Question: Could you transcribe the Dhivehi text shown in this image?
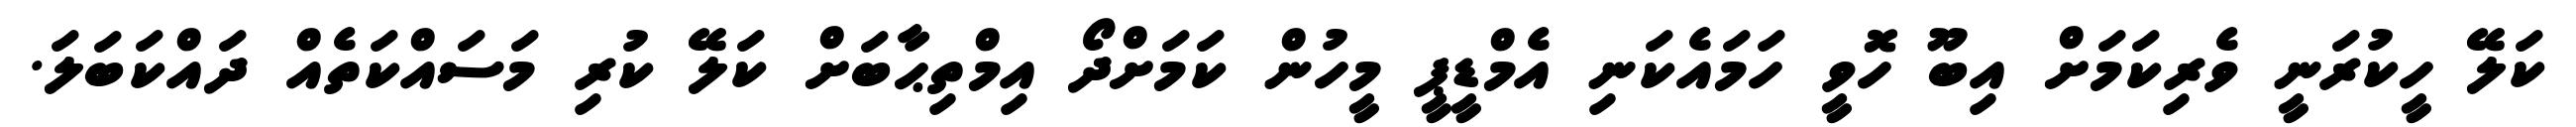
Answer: ކަލޭ ހީކުރަނީ ވެރިކަމަށް އިބޫ ހޮވީ ހަމައެކަނި އެމްޑީޕީ މީހުން ކަމަށްދޯ އިމްތިޙާބަށް ކަލޭ ކުރި މަސައްކަތެއް ދައްކަބަލަ.